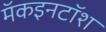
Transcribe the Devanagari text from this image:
मॅकइनटॉश